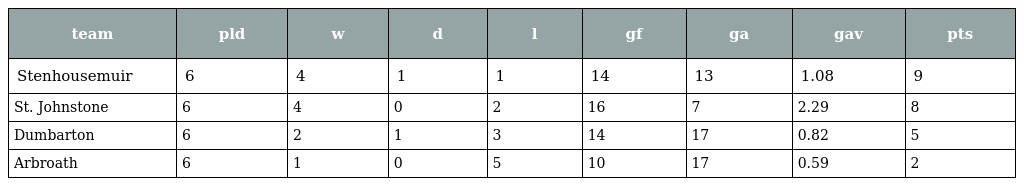
| team | pld | w | d | l | gf | ga | gav | pts |
 | --- | --- | --- | --- | --- | --- | --- | --- | --- |
 | Stenhousemuir | 6 | 4 | 1 | 1 | 14 | 13 | 1.08 | 9 |
 | St. Johnstone | 6 | 4 | 0 | 2 | 16 | 7 | 2.29 | 8 |
 | Dumbarton | 6 | 2 | 1 | 3 | 14 | 17 | 0.82 | 5 |
 | Arbroath | 6 | 1 | 0 | 5 | 10 | 17 | 0.59 | 2 |